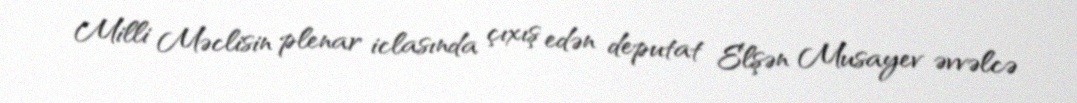
Milli Məclisin plenar iclasında çıxış edən deputat Elşən Musayev əvvəlcə